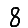
Digit: 8